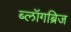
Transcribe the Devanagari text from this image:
ब्लॉगब्रिज